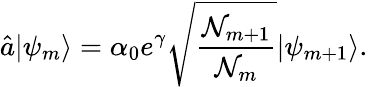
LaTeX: \hat{a}|\psi_{m}\rangle=\alpha_{0}e^{\gamma}\sqrt{\frac{{\cal N}_{m+1}}{{\cal N}_{m}}}|\psi_{m+1}\rangle.